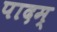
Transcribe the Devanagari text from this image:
पादम्